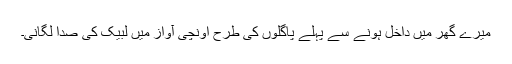
میرے گھر میں داخل ہونے سے پہلے پاگلوں کی طرح اونچی آواز میں لبیک کی صدا لگانی۔